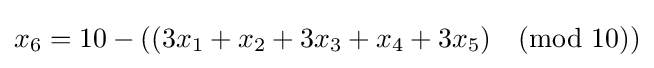
x_{6}=10-((3x_{1}+x_{2}+3x_{3}+x_{4}+3x_{5}){\pmod {10}})